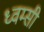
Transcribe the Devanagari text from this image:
ध्वम्सी